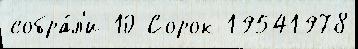
собра́л'и 10 Сорок 19541978